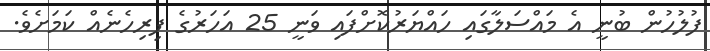
ފުލުހުން ބުނީ އެ މައްސަލާގައި ހައްޔަރުކޮށްފައި ވަނީ 25 އަހަރުގެ ފިރިހެނެއް ކަމަށެެވެ.